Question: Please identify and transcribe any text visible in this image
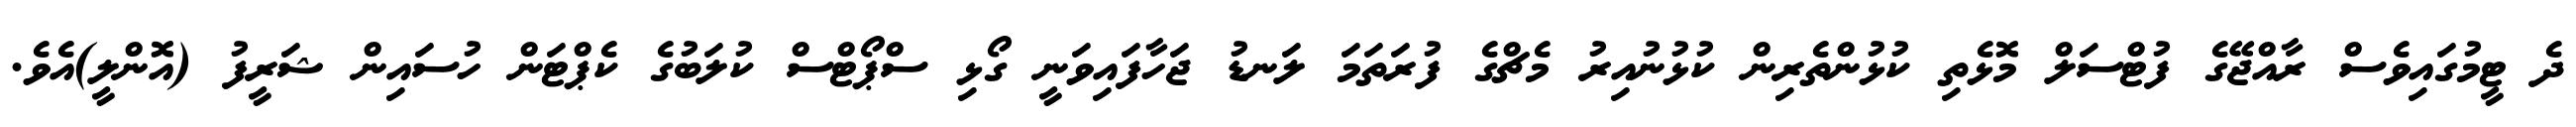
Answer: ދެ ޓީމުގައިވެސް ރާއްޖޭގެ ފުޓްސަލް މޮޅެތި ކުޅުންތެރިން ކުޅުނުއިރު މެޗްގެ ފުރަތަމަ ލަނޑު ޖަހާފައިވަނީ ގޯޅި ސްޕޯޓްސް ކުލަބުގެ ކެޕްޓަން ހުސައިން ޝަރީފު (އޮންލީ)އެވެ.